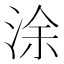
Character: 涂